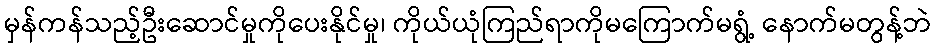
မှန်ကန်သည့်ဦးဆောင်မှုကိုပေးနိုင်မှု၊ ကိုယ်ယုံကြည်ရာကိုမကြောက်မရွံ့ နောက်မတွန့်ဘဲ